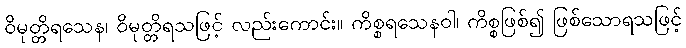
ဝိမုတ္တိရသေန၊ ဝိမုတ္တိရသဖြင့် လည်းကောင်း။ ကိစ္စရသေနဝါ၊ ကိစ္စဖြစ်၍ ဖြစ်သောရသဖြင့်